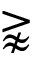
\gnapprox